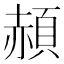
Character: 頳